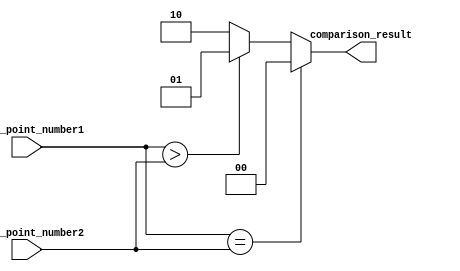
module fixed_point_comparator (
    input signed [7:0] fixed_point_number1,
    input signed [7:0] fixed_point_number2,
    output reg [1:0] comparison_result
);

always @(*) begin
    if (fixed_point_number1 == fixed_point_number2) begin
        comparison_result = 2'b00; // Equal
    end else if (fixed_point_number1 > fixed_point_number2) begin
        comparison_result = 2'b01; // Greater than
    end else begin
        comparison_result = 2'b10; // Less than
    end
end

endmodule